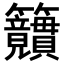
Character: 𥸜